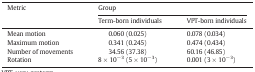
| <ROWSPAN=2> Metric | <COLSPAN=2> Group |
 | Term-born individuals | VPT-born individuals |
 | --- | --- | --- |
 | Mean motion | 0.060 (0.025) | 0.078 (0.034) |
 | Maximum motion | 0.341 (0.245) | 0.474 (0.434) |
 | Number of movements | 34.56 (37.38) | 60.16 (46.85) |
 | Rotation | 8 × 10− 3 (5 × 10− 3) | 0.001 (3 × 10− 3) |